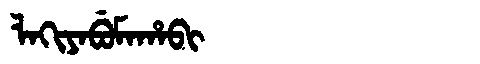
Manchu: ᠯᠠᡴᡳᠶᠠᠪᡠᠮᠠᡥᠠᠪᡳ
Romanization: LAKIYABUMAHABI